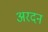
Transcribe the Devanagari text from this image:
अरदन